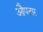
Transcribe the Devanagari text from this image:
औपदार